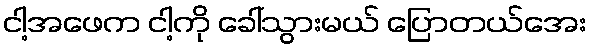
ငါ့အဖေက ငါ့ကို ခေါ်သွားမယ် ပြောတယ်အေး